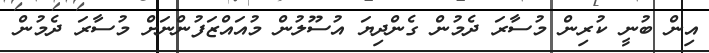
އިން ބުނީީ ކުރިން މުސާރަ ދެމުން ގެންދިޔަ އުސޫލުން މުއައްޒަފުންނަށް މުސާރަ ދެމުން